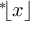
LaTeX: { } ^ { * } \! \lfloor x \rfloor